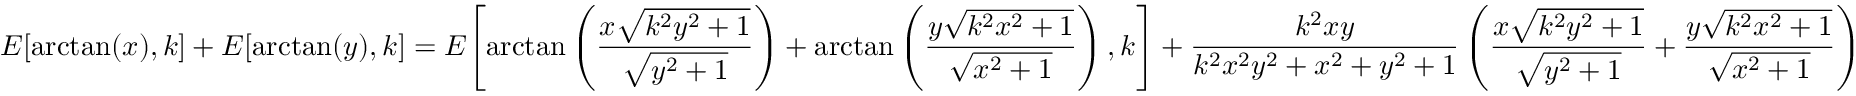
E { \left[ \arctan ( x ) , k \right] } + E { \left[ \arctan ( y ) , k \right] } = E { \left[ \arctan \left( { \frac { x { \sqrt { k ^ { 2 } y ^ { 2 } + 1 } } } { \sqrt { y ^ { 2 } + 1 } } } \right) + \arctan \left( { \frac { y { \sqrt { k ^ { 2 } x ^ { 2 } + 1 } } } { \sqrt { x ^ { 2 } + 1 } } } \right) , k \right] } + { \frac { k ^ { 2 } x y } { k ^ { 2 } x ^ { 2 } y ^ { 2 } + x ^ { 2 } + y ^ { 2 } + 1 } } \left( { \frac { x { \sqrt { k ^ { 2 } y ^ { 2 } + 1 } } } { \sqrt { y ^ { 2 } + 1 } } } + { \frac { y { \sqrt { k ^ { 2 } x ^ { 2 } + 1 } } } { \sqrt { x ^ { 2 } + 1 } } } \right)